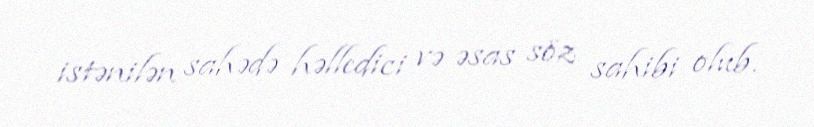
istənilən sahədə həlledici və əsas söz sahibi olub.